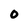
Character: O